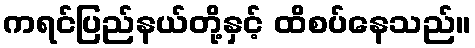
ကရင်ပြည်နယ်တို့နှင့် ထိစပ်နေသည်။